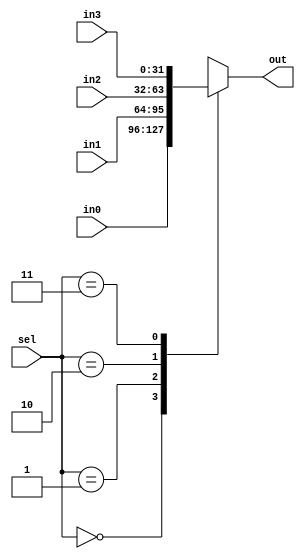
module Mux_3 #(parameter data_size = 32)(
    input         [data_size-1:0]     in0,in1,in2,in3,
    input         [1:0]               sel,
    output reg    [data_size-1:0]     out
);
always @(*) begin
    case(sel) 
            2'b00:   out = in0; 
            2'b01:   out = in1;
            2'b10:   out = in2; 
            2'b11:   out = in3;
            default: out = {data_size{1'b0}};
        endcase
end  
endmodule